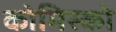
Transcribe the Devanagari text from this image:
कोमिस्को